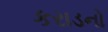
કરાડનો